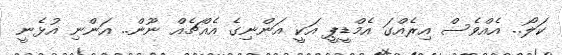
ކަލޯ.. އެއްވެސް އިރެއްގަ އެމްޑީޕީ އަކީ އަންނިގެ އެއްޗެއް ނޫން.. އަންނި އުޅެނީ